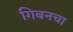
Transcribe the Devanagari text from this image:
गिबनचा